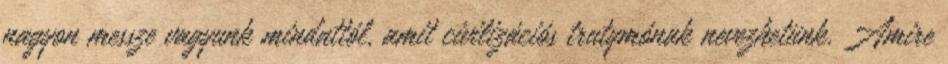
nagyon messze vagyunk mindattól, amit civilizációs trutymónak nevezhetünk. Amire